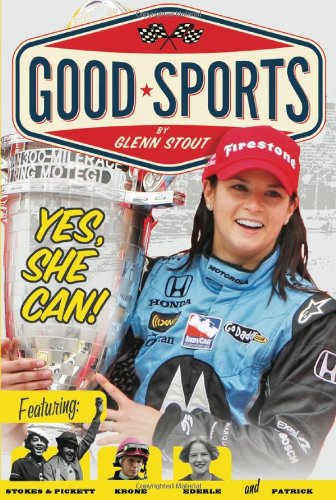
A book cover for Yes, She Can!: Women's Sports Pioneers (Good Sports); Glenn Stout; Children's Books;